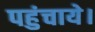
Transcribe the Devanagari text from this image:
पहुंचाये।